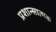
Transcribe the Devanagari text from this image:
प्रशान्सात्मक